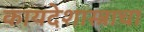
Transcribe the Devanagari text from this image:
कायदेशास्त्राचा